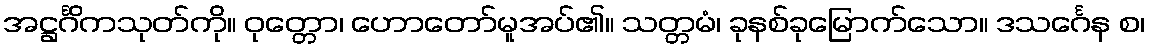
အဋ္ဌင်္ဂိကသုတ်ကို။ ဝုတ္တော၊ ဟောတော်မူအပ်၏။ သတ္တမံ၊ ခုနစ်ခုမြောက်သော။ ဒသင်္ဂေန စ၊